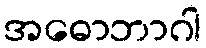
အဓောဘာဂါ